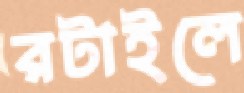
রটাইলে